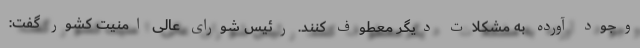
وجود آورده به مشکلات دیگر معطوف کنند. رئیس شورای عالی امنیت کشور گفت: